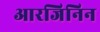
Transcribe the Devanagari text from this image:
आरजिनिन